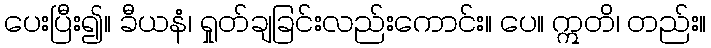
ပေးပြီး၍။ ခီယနံ၊ ရှုတ်ချခြင်းလည်းကောင်း။ ပေ။ ဣတိ၊ တည်း။